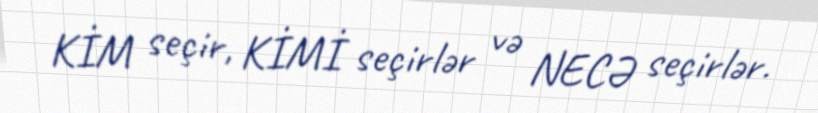
KİM seçir, KİMİ seçirlər və NECƏ seçirlər.